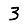
Digit: 3